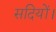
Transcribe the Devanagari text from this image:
सदियों।